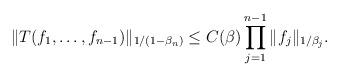
LaTeX: \begin{align*}\| T(f_1, \ldots , f_{n-1}) \|_{1/{(1-\beta_n)}} \leq C(\beta) \prod_{j=1}^{n-1} \| f_j \|_{1/{\beta_j}}.\end{align*}